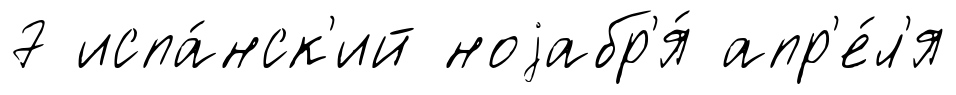
7 испа́нск'ий ноjабр'я́ апр'е́л'я